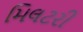
મિલટરી